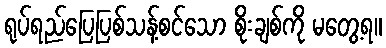
ရုပ်ရည်ပြေပြစ်သန့်စင်သော စိုးချစ်ကို မတွေ့ရ။